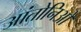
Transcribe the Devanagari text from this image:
आंतोनिओ